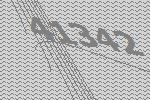
41342